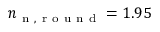
n _ { \mathrm { ~ n ~ , ~ r ~ o ~ u ~ n ~ d ~ } } = 1 . 9 5